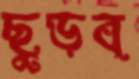
ছুড়ব